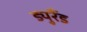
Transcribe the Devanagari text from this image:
ड्युरैंड